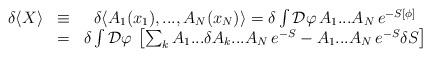
LaTeX: \begin{align*}\begin{array}{ccc}\delta \langle X\rangle & \equiv & \delta \langle A_{1}(x_{1}),...,A_{N}(x_{N})\rangle =\delta \int {\cal D}\varphi \, A_{1}...A_{N}\, e^{-S[\phi ]}\\ & = & \delta \int {\cal D}\varphi \, \left[ \sum _{k}A_{1}...\delta A_{k}...A_{N}\, e^{-S}-A_{1}...A_{N}\, e^{-S}\delta S\right] \end{array}\end{align*}